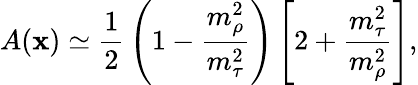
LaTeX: A(\mathbf{x})\simeq{\frac{{1}}{{2}}}\left(1-{\frac{{m_{\rho}^{2}}}{{m_{\tau}^{2}}}}\right)\left[2+{\frac{{m_{\tau}^{2}}}{{m_{\rho}^{2}}}}\right],